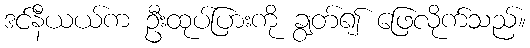
ဒင်နီယယ်က ဦးထုပ်ပြားကို ချွတ်၍ ဖြေလိုက်သည်။